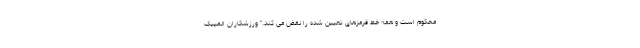
محکوم است و همه خط قرمزهای تعیین شده را نقض می کند." ورزشکاران المپیک